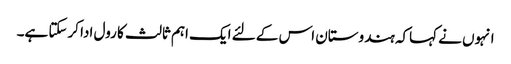
انہوں نے کہاکہ ہندوستان اس کے لئے ایک اہم ثالث کا رول ادا کرسکتا ہے۔